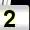
Digit: 2